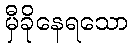
မှီခိုနေရသော